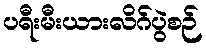
ပရီးမီးယားလိဂ်ပွဲစဉ်